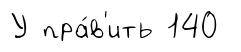
У пра́в'ить 140